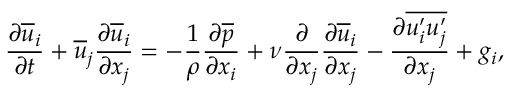
\frac { \partial \overline { { u } } _ { i } } { \partial t } + \overline { { u } } _ { j } \frac { \partial \overline { { u } } _ { i } } { \partial x _ { j } } = - \frac { 1 } { \rho } \frac { \partial \overline { { p } } } { \partial x _ { i } } + \nu \frac { \partial } { \partial x _ { j } } \frac { \partial \overline { { u } } _ { i } } { \partial x _ { j } } - \frac { \partial \overline { { u _ { i } ^ { \prime } u _ { j } ^ { \prime } } } } { \partial x _ { j } } + g _ { i } ,